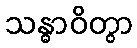
သန္ဓာဝိတွာ